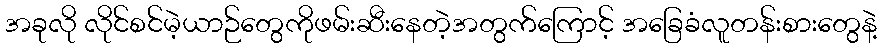
အခုလို လိုင်စင်မဲ့ယာဉ်တွေကိုဖမ်းဆီးနေတဲ့အတွက်ကြောင့် အခြေခံလူတန်းစားတွေနဲ့